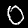
Digit: 0